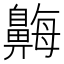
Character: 𪖫